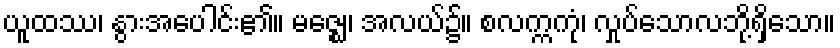
ယူထဿ၊ နွားအပေါင်း၏။ မဇ္ဈေ၊ အလယ်၌။ စလက္ကကုံ၊ လှုပ်သောလဘို့ရှိသော။